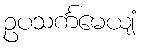
ဥပသင်္ကမေယျံ